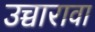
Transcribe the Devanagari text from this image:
उच्चारावा